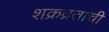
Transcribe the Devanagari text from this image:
शक्रव्रताची